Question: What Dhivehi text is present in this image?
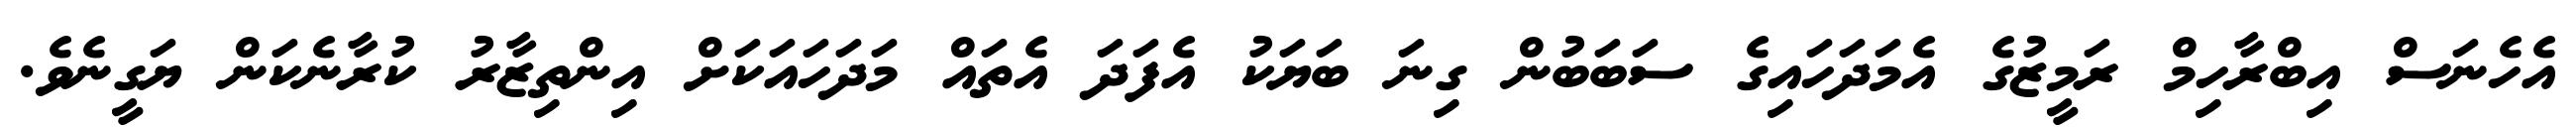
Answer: އެހެނަސް އިބްރާހިމް ރަމީޒުގެ އެމަދަހައިގެ ސަބަބުން ގިނަ ބަޔަކު އެފަދަ އެތައް މަދަހައަކަށް އިންތިޒާރު ކުރާނެކަން ޔަގީނެވެ.